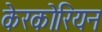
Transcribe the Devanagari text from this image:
केरकोरियन